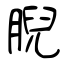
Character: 腉